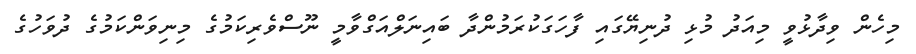
މިހެން ވިދާޅުވީ މިއަދު މުޅި ދުނިޔޭގައި ފާހަަގަކުރަމުންދާ ބައިނަލްއަގްވާމީ ނޫސްވެރިކަމުގެ މިނިވަންކަމުގެ ދުވަހުގެ